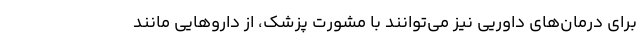
برای درمان‌های داوریی نیز می‌توانند با مشورت پزشک، از داروهایی مانند